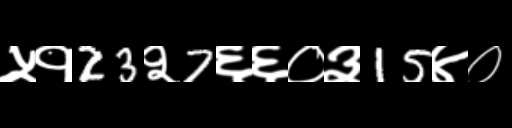
Text: ५१23२7६६०३15४०